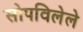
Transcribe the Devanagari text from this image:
सोपविलेले